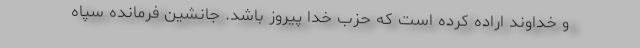
و خداوند اراده کرده است که حزب خدا پیروز باشد. جانشین فرمانده سپاه